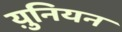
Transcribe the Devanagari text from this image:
य़ुनियन